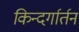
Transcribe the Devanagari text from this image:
किन्दर्गार्तन